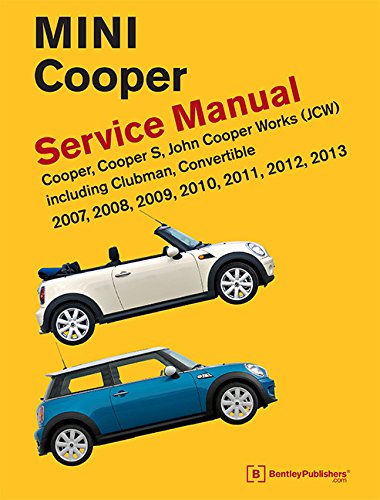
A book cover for MINI Cooper (R55, R56, R57) Service Manual: 2007, 2008, 2009, 2010, 2011, 2012, 2013; Bentley Publishers; Engineering & Transportation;